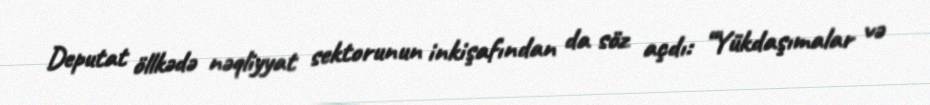
Deputat öllkədə nəqliyyat sektorunun inkişafından da söz açdı: “Yükdaşımalar və